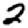
Digit: 2